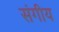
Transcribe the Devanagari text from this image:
संगीय